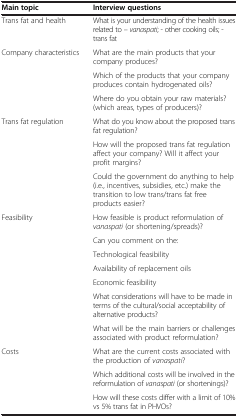
| Main topic | Interview questions |
 | --- | --- |
 | Trans fat and health | What is your understanding of the health issues related to – vanaspati; - other cooking oils; - trans fat |
 | Company characteristics | What are the main products that your company produces? |
 |  | Which of the products that your company produces contain hydrogenated oils? |
 |  | Where do you obtain your raw materials? (which areas, types of producers)? |
 | Trans fat regulation | What do you know about the proposed trans fat regulation? |
 |  | How will the proposed trans fat regulation affect your company? Will it affect your profit margins? |
 |  | Could the government do anything to help (i.e., incentives, subsidies, etc.) make the transition to low trans/trans fat free products easier? |
 | Feasibility | How feasible is product reformulation of vanaspati (or shortening/spreads)? |
 |  | Can you comment on the: |
 |  | Technological feasibility |
 |  | Availability of replacement oils |
 |  | Economic feasibility |
 |  | What considerations will have to be made in terms of the cultural/social acceptability of alternative products? |
 |  | What will be the main barriers or challenges associated with product reformulation? |
 | Costs | What are the current costs associated with the production of vanaspati? |
 |  | Which additional costs will be involved in the reformulation of vanaspati (or shortenings)? |
 |  | How will these costs differ with a limit of 10% vs 5% trans fat in PHVOs? |